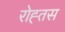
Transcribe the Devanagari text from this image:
रोह्तस